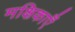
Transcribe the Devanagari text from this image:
मक्षिकाएँ